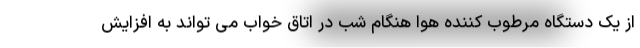
از یک دستگاه مرطوب کننده هوا هنگام شب در اتاق خواب می تواند به افزایش